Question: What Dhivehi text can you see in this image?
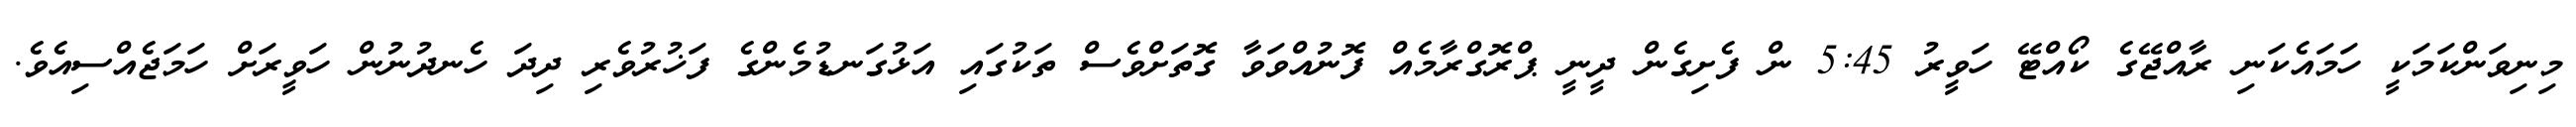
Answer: މިނިވަންކަމަކީ ހަމައެކަނި ރާއްޖޭގެ ކޯއްޓޭ ހަވީރު 5:45 ން ފެށިގެން ދީނީ ޕްރޮގްރާމެއް ފޮނުއްވަވާ ގޮތަށްވެސް ތަކުގައި އަޅުގަނޑުމެންގެ ފަޚުރުވެރި ދިދަ ހެނދުނުން ހަވީރަށް ހަމަޖެއްސިއެވެ.